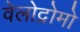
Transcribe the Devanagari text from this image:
वेलोद्रोमो